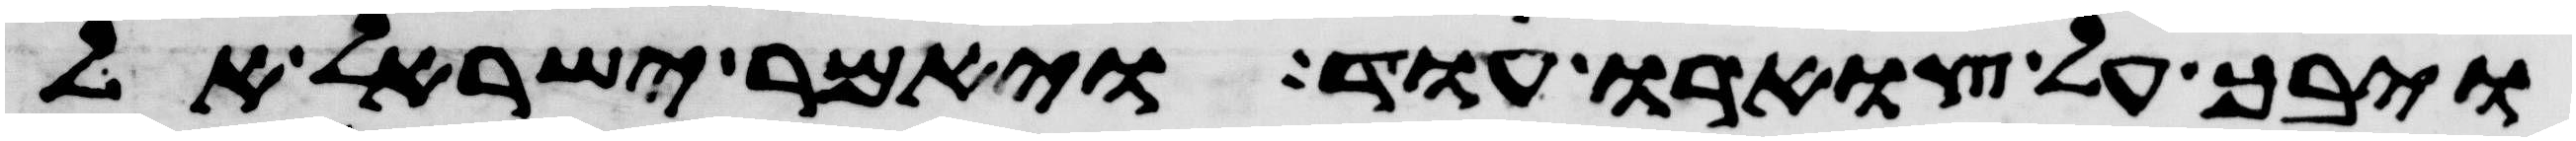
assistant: ויבך על צוארו עוד ויאמר ישראל אל